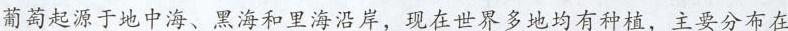
葡萄起源于地中海、黑海和里海沿岸，现在世界多地均有种植，主要分布在